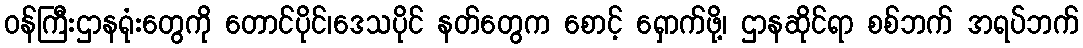
ဝန်ကြီးဌာနရုံးတွေကို တောင်ပိုင်၊ဒေသပိုင် နတ်တွေက စောင့် ရှောက်ဖို့၊ ဌာနဆိုင်ရာ စစ်ဘက် အရပ်ဘက်